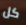
كل